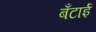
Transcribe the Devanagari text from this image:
बँटाई